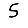
Digit: 5